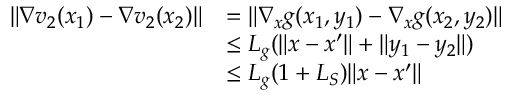
\begin{array} { r l } { \| \nabla v _ { 2 } ( x _ { 1 } ) - \nabla v _ { 2 } ( x _ { 2 } ) \| } & { = \| \nabla _ { x } g ( x _ { 1 } , y _ { 1 } ) - \nabla _ { x } g ( x _ { 2 } , y _ { 2 } ) \| } \\ & { \leq L _ { g } ( \| x - x ^ { \prime } \| + \| y _ { 1 } - y _ { 2 } \| ) } \\ & { \leq L _ { g } ( 1 + L _ { S } ) \| x - x ^ { \prime } \| } \end{array}